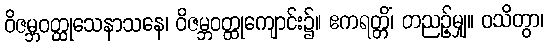
ဝိဇမ္ဘဝတ္ထုသေနာသနေ၊ ဝိဇမ္ဘဝတ္ထုကျောင်း၌။ ဧကရတ္တိံ၊ တညဉ့်မျှ။ ဝသိတွာ၊